Report on the lunatic asylums under the Government of Bombay - 1904-1913
Year: 1904
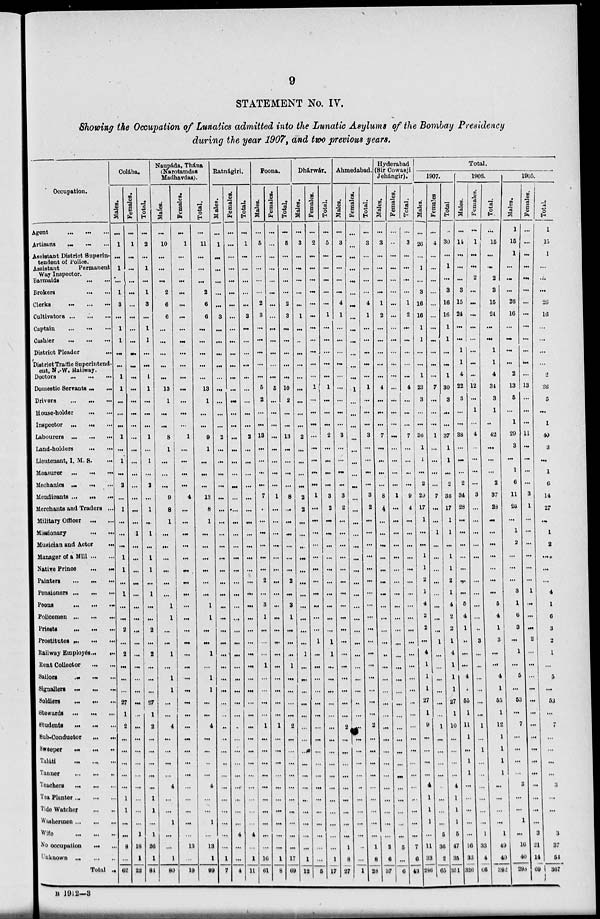
9
STATEMENT No. IV.
Showing the Occupation of Lunatics admitted into the Lunatic Asylums of the Bombay Presidency
during the year 1907, and two previous years.
Occupation.
Agent ... ... ...
Artisans ... ... ...
Assistant District Superin-
tendent of Police.
Assistant Permanent
Way Inspector.
Barmaids
...
...
...
Brokers ... ... ...
Clerks
...
...
...
Cultivators...
...
...
Captain
...
...
...
Cashier
...
...
...
District Pleader ...
District Traffic Superintend-
ent, N.W. Railway.
Doctors
...
...
...
Domestic Servants... ...
Drivers
...
...
...
House-holder ... ... ...
Inspector ... ... ...
Labourers ... ... ...
Land-holders ... ... ...
Lieutenant, I. M. S....
Measurer
...
...
...
Mechanics... ... ...
Mendicants ...
...
...
Merchants and Traders ...
Military Officer ... ...
Missionary
...
...
...
Musician and Actor
...
Manager of a Mill... ...
Native Prince
...
...
Painters
...
...
...
Pensioners...
...
...
Peons
...
...
...
Policemen ...
...
...
Priests...
...
...
Prostitutes ... ... ...
Railway Employe's... ...
Rent Collector ... ...
Sailors
...
...
...
Signallers ...
...
...
Soldiers
...
...
...
Stewards
...
...
...
Students ... ... ...
Sub-Conductor... ... ...
Sweeper... ... ...
Taláti
...
...
...
Tanner
...
...
...
Teachers
...
...
...
Tea Planter ... ... ...
Tide Watcher ... ... ...
Washermen...
...
...
Wife
...
...
...
No occupation ... ... ...
Unknown
...
...
...
Total ...
Colába.
Males.
...
1
...
1
...
1
3
...
1
1
...
...
1
1
...
...
...
1
...
1
...
2
...
1
...
...
...
1
1
...
1
...
...
2
...
2
...
...
...
27
1
2
...
...
...
...
...
1
1
...
...
8
...
62
Females.
...
1
...
...
...
...
...
...
...
...
...
...
...
...
...
...
...
...
...
...
...
...
...
...
...
1
...
...
...
...
...
...
...
...
...
...
...
...
...
...
...
...
...
...
...
...
...
...
...
...
1
18
1
22
Total.
...
2
...
1
...
1
3
...
1
1
...
...
1
1
...
...
...
1
...
1
...
2
...
1
...
1
...
1
1
...
1
...
...
2
...
2
...
...
...
27
1
2
...
...
...
...
...
1
1
...
1
26
1
84
Naupáda, Thána
(Narotamdas
Madhavdas).
Males.
...
10
...
...
...
2
6
6
...
...
...
...
...
13
1
...
...
8
1
...
...
...
9
8
1
...
...
...
...
...
...
1
1
...
...
1
...
1
1
...
...
4
...
...
...
...
4
...
...
1
...
...
1
80
Females.
...
1
...
...
...
...
...
...
...
...
...
...
...
...
...
...
...
1
...
...
...
...
4
...
...
...
...
...
...
...
...
...
...
...
...
...
...
...
...
...
...
...
...
...
...
...
...
...
...
...
...
13
...
19
Total.
...
11
...
...
...
2
6
6
...
...
...
...
...
13
1
...
...
9
1
...
...
...
13
8
1
...
...
...
...
...
...
1
1
...
...
1
...
1
1
...
...
4
...
...
...
...
4
...
...
1
...
13
1
99
Ratnágiri.
Males.
...
1
...
...
...
...
...
3
...
...
...
...
...
...
...
...
...
2
...
...
...
...
...
...
...
...
...
...
...
...
...
...
...
...
...
...
...
...
...
...
..
...
...
...
...
...
...
...
...
...
...
...
1
7
Females.
...
...
...
...
...
...
...
...
...
...
...
...
...
...
...
...
...
...
...
...
...
...
...
...
...
...
...
...
...
...
...
...
...
...
...
...
...
...
...
...
...
...
...
...
...
...
...
...
...
...
4
...
...
4
Total.
...
1
...
...
...
...
...
3
...
...
...
...
...
...
...
...
...
2
...
...
...
...
...
...
...
...
...
...
...
...
...
...
...
...
...
...
...
...
...
...
...
...
...
...
...
...
...
...
...
...
4
...
1
11
Poona.
Males.
...
5
...
...
...
...
2
3
...
...
...
...
...
5
2
...
...
13
...
...
...
...
7
...
...
...
...
...
...
2
...
3
1
...
...
...
1
...
...
...
...
1
...
...
...
...
...
...
...
...
...
...
16
61
Females.
...
...
...
...
...
...
...
...
...
...
...
...
...
5
...
...
...
...
...
...
...
...
1
...
...
...
...
...
...
...
...
...
...
...
...
...
...
...
...
...
...
1
...
...
...
...
...
...
...
...
...
...
1
8
Total.
...
5
...
...
...
...
2
3
...
...
...
...
...
10
2
...
...
13
...
...
...
...
8
...
...
...
...
...
...
2
...
3
1
...
...
...
1
...
...
...
...
2
...
...
...
...
...
...
...
...
...
...
17
69
Dhárwár.
Males.
...
3
...
...
...
...
...
1
...
...
...
...
...
...
...
...
...
2
...
...
...
...
2
2
...
...
...
...
...
...
...
...
...
...
...
1
...
...
...
...
...
...
...
...
...
...
...
...
...
...
...
...
1
12
Females.
...
2
...
...
...
...
...
...
...
...
...
...
...
1
...
...
...
...
...
...
...
...
1
...
...
...
...
...
...
...
...
...
...
...
1
...
...
...
...
...
...
...
...
...
...
...
...
...
...
...
...
...
...
5
Total.
...
5
...
...
...
...
...
1
...
...
...
...
...
1
...
...
...
2
...
...
...
...
3
2
...
...
...
...
...
...
...
...
...
...
1
1
...
...
...
...
...
...
...
...
...
...
...
...
...
...
...
...
1
17
Ahmedabad.
Males.
...
3
...
...
...
...
4
1
...
...
...
...
...
...
...
...
...
3
...
...
...
...
3
2
...
...
...
...
...
...
...
...
...
...
...
...
...
...
...
...
...
2
...
...
...
...
...
...
...
...
...
1
8
27
Females.
...
...
...
...
...
...
...
...
...
...
...
...
...
1
...
...
...
...
...
...
...
...
...
...
...
...
...
...
...
...
...
...
...
...
...
...
...
...
...
...
...
...
...
...
...
...
..
...
...
...
...
...
...
1
Total.
...
3
...
...
...
...
4
1
...
...
...
...
...
1
...
...
...
3
...
...
...
...
3
2
...
...
...
...
...
...
...
...
...
...
...
...
...
...
...
...
...
2
...
...
...
...
...
...
...
...
...
1
8
28
Hyderabad
(Sir Cowasji
Jehángir).
Males.
...
3
...
...
...
...
1
2
...
...
...
...
...
4
...
...
...
7
...
...
...
...
8
4
...
...
...
...
...
...
...
...
...
...
...
..
...
...
...
...
...
...
...
...
...
...
...
...
...
...
...
2
6
37
Females.
...
...
...
...
...
...
...
...
...
...
...
...
...
...
...
...
...
...
...
...
...
...
1
...
...
...
...
...
...
...
...
...
...
...
...
...
...
...
...
...
...
...
...
...
...
...
...
...
...
...
...
5
...
6
Total.
...
3
...
...
...
...
1
2
...
...
...
...
4
...
...
...
7
...
...
...
...
9
4
...
...
...
...
...
...
...
...
...
...
...
...
...
...
...
...
...
...
...
...
...
...
...
...
...
...
...
7
6
43
Total.
1907.
Males.
...
26
...
1
...
3
16
16
1
1
...
...
1
23
3
...
...
36
1
1
...
2
29
17
1
...
...
1
1
2
1
4
2
2
...
4
1
1
1
27
1
9
...
...
...
...
4
1
1
1
...
11
33
286
Females
...
4
...
...
...
...
...
...
...
...
...
...
...
7
...
...
...
1
...
...
...
...
7
...
...
1
...
...
...
...
...
...
...
...
1
...
...
...
...
...
...
1
...
...
...
...
...
...
...
...
5
36
2
66
Total
...
30
...
1
...
3
16
16
1
1
...
...
1
30
3
...
...
37
1
1
...
2
36
17
1
1
...
1
1
2
1
4
2
2
1
4
1
1
1
27
1
10
...
...
...
...
4
1
1
1
5
47
35
351
1906.
Males.
...
14
...
...
...
3
15
24
...
...
1
1
4
22
3
...
...
38
...
...
...
2
34
28
...
...
...
...
...
...
...
5
4
1
...
...
...
4
1
65
1
11
1
...
1
1
...
...
...
...
...
16
36
326
Femal es .
...
1
...
...
2
...
...
...
...
...
...
...
...
12
...
1
...
4
...
...
...
...
3
...
...
...
...
...
...
...
...
...
...
..
3
...
...
...
...
...
...
1
...
1
...
...
...
...
...
...
1
33
4
66
Tot al .
...
15
...
...
2
3
15
24
...
...
1
1
4
34
3
1
...
42
...
...
...
2
37
28
...
...
...
...
...
...
...
5
4
1
3
...
...
4
1
55
1
12
1
1
1
1
...
...
...
...
1
49
40
392
1905.
Mal es .
1
15
1
...
...
...
26
16
...
...
...
2 ...
13
5
...
1
20
3
...
1
6
11
26
...
1
2
...
...
...
3
1
6
3
...
1
...
5
...
53
...
7
...
...
...
...
3
...
...
1
...
16
40
298
Femal es .
...
...
...
...
...
...
...
...
...
...
...
...
...
13
...
...
...
11
...
...
...
...
3
1
...
...
...
...
...
...
1
...
...
...
2
...
...
...
...
...
...
...
...
...
...
...
...
...
...
...
3
21
14
6
Total.
1
15
1
...
...
...
26
16
...
...
...
2
2
26
5
...
1
40
3
...
1
6
14
27
...
1
2
...
...
...
4
1
6
3
2
1
...
5
...
53
...
7
...
...
...
...
3
...
...
...
3
37
54
367
B 1912—3